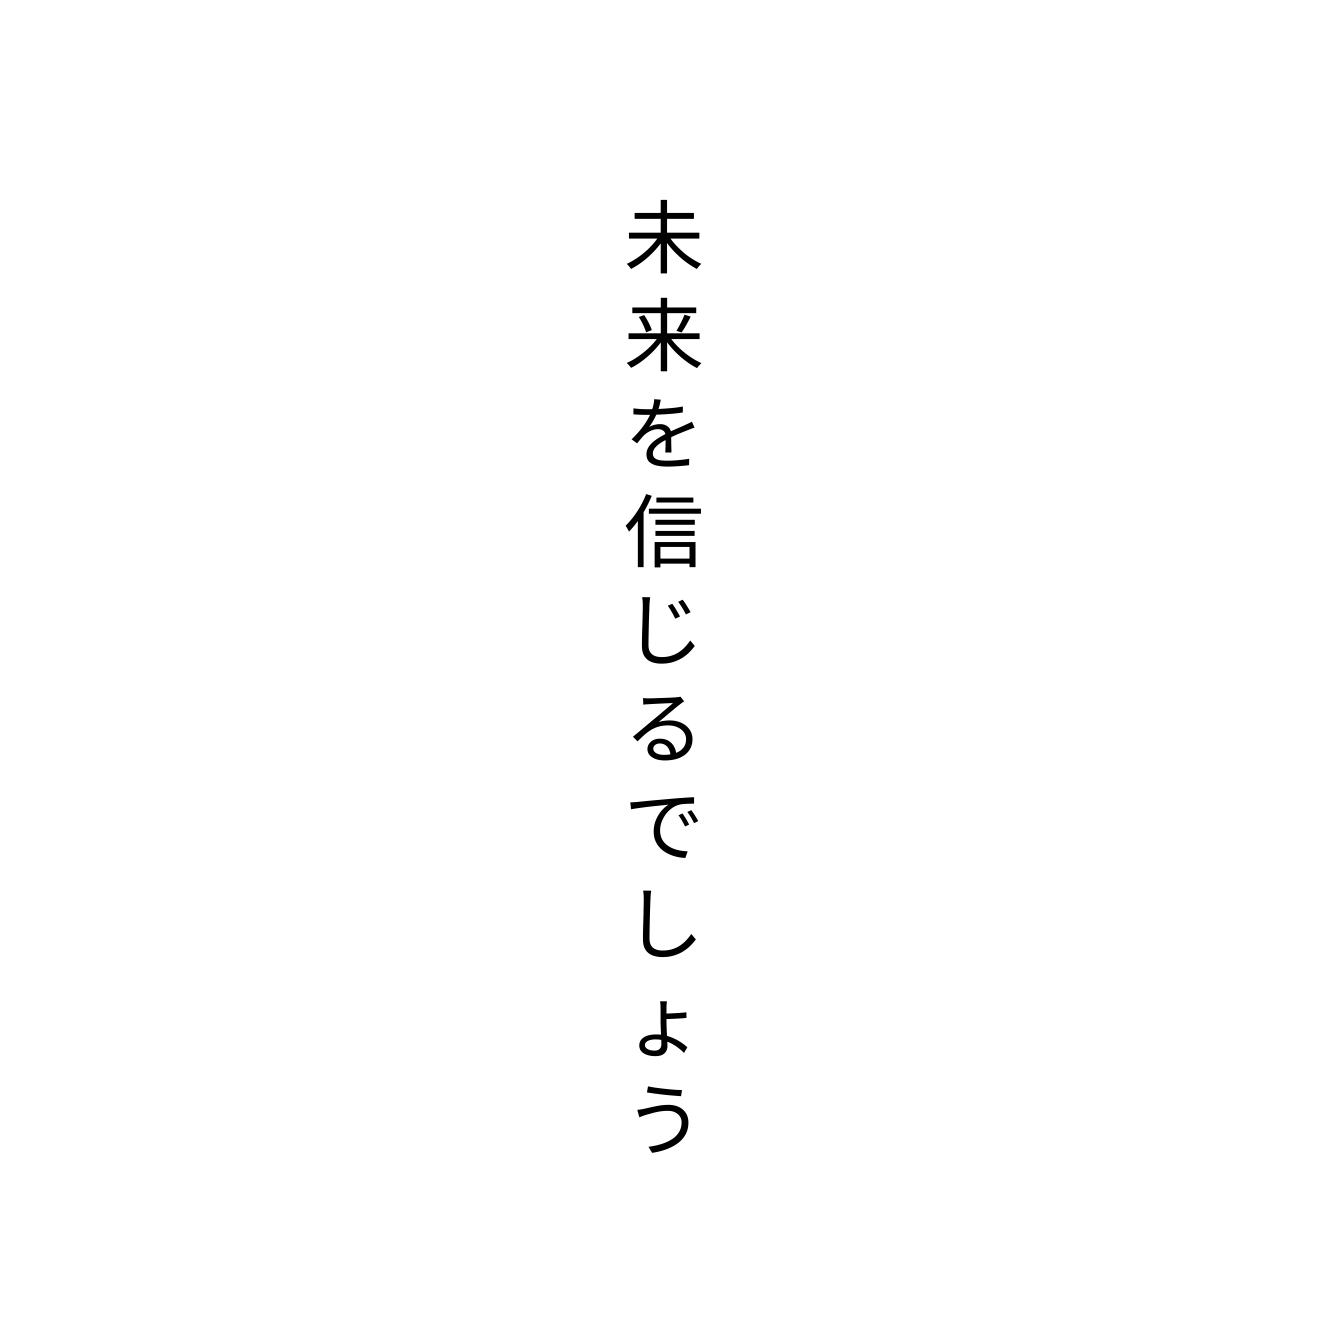
未来を信じるでしょう